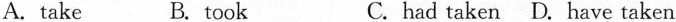
A. take B. took C. had taken D. Have taken